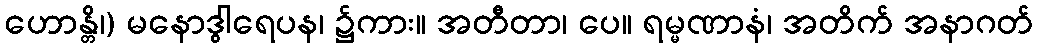
ဟောန္တိ၊) မနောဒွါရေပန၊ ၌ကား။ အတီတာ၊ ပေ။ ရမ္မဏာနံ၊ အတိက် အနာဂတ်